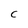
Character: C